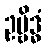
ဥဗ္ဗိဒ္ဓံ